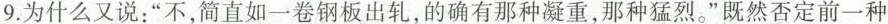
9.为什么又说：”不，简直如一卷钢板出轧，的确有那种凝重，那种猛烈。”既然否定前一种